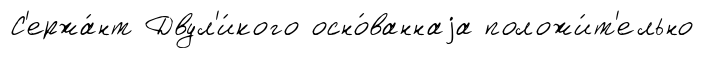
С'ержа́нт Двул'и́кого осно́ваннаjа положи́т'ельно